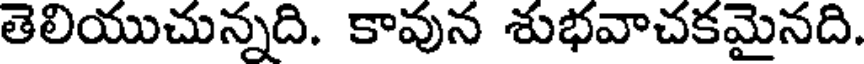
తెలియుచున్నది. కావున శుభవాచకమైనది.